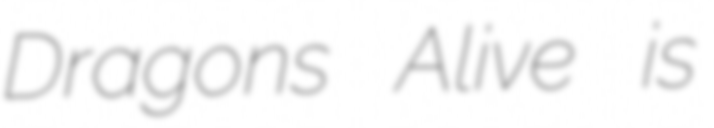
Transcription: Dragons Alive is